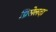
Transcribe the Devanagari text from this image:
ग्रिसेलदा